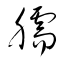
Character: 臑